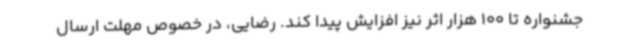
جشنواره تا 100 هزار اثر نیز افزایش پیدا کند. رضایی، در خصوص مهلت ارسال